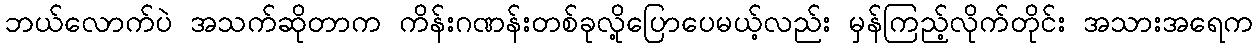
ဘယ်လောက်ပဲ အသက်ဆိုတာက ကိန်းဂဏန်းတစ်ခုလို့ပြောပေမယ့်လည်း မှန်ကြည့်လိုက်တိုင်း အသားအရေက